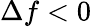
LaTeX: \Delta f<0